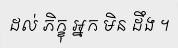
ដល់ ភិក្ខុ អ្នក មិន ដឹង ។